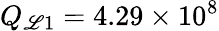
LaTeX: Q_{\mathscr{L}1}=4.29\times10^{8}